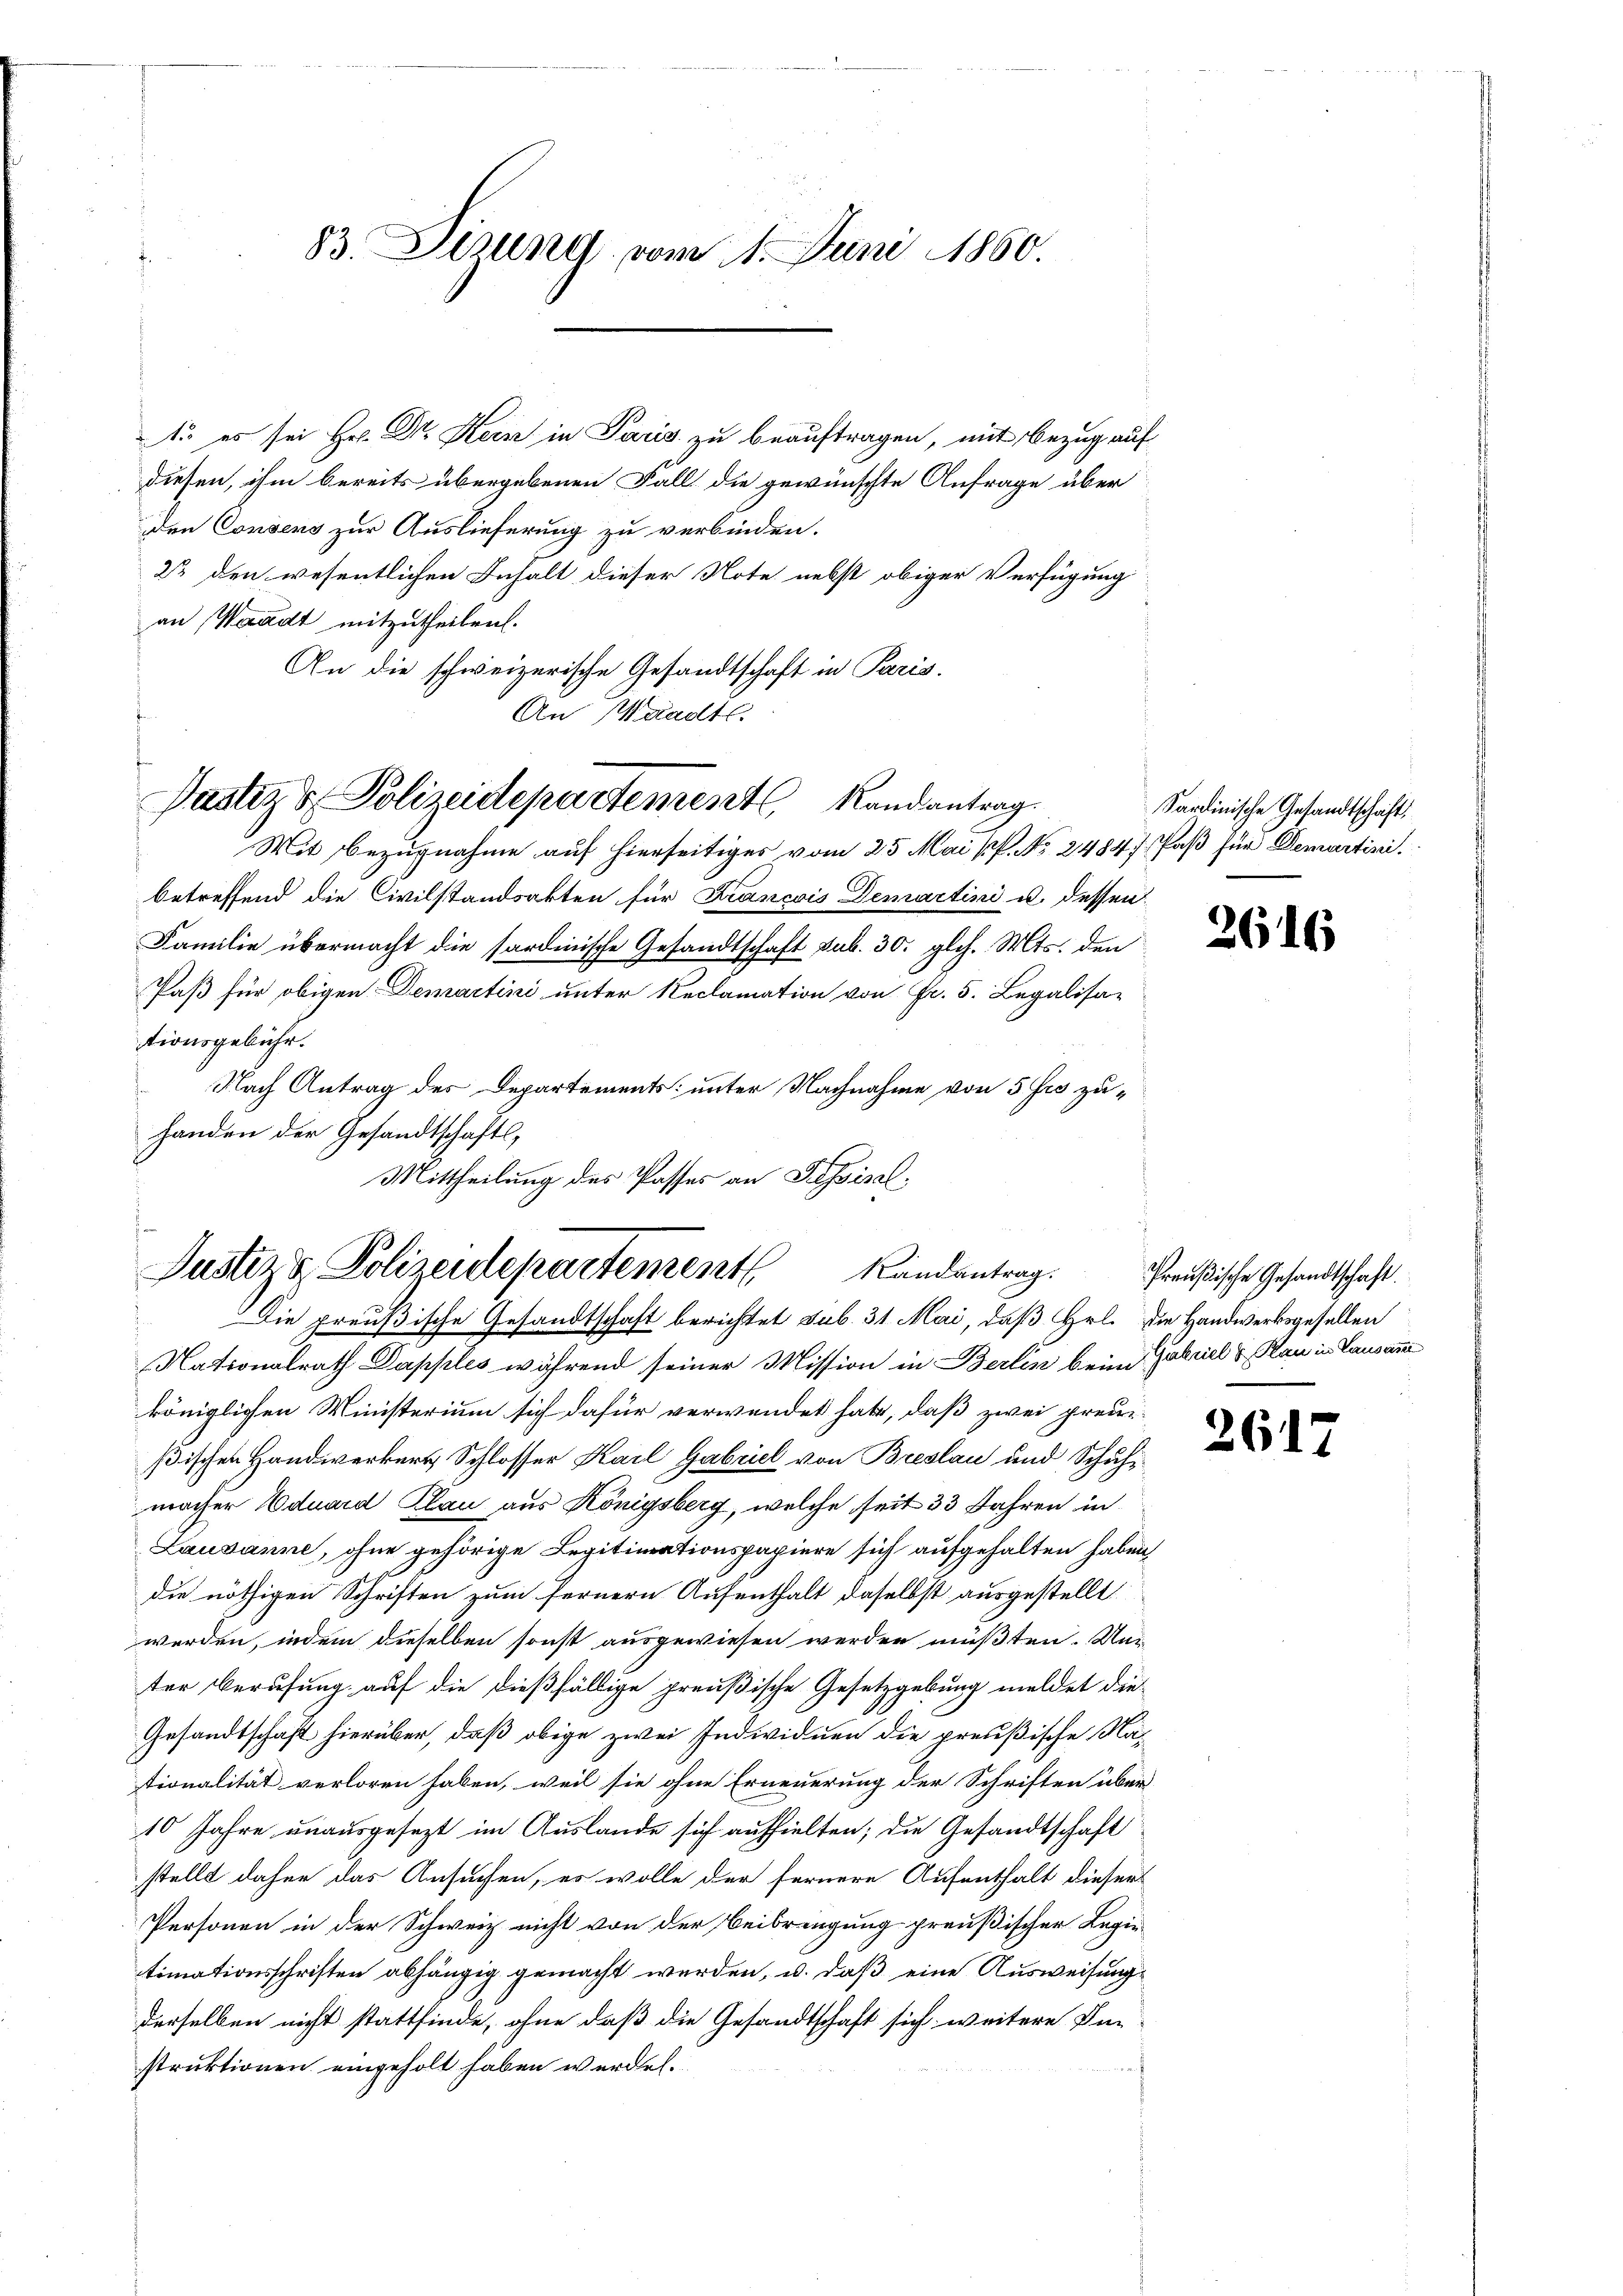
83. Desung vom 1. Juni 1860.

1. es sei Hr. Dr. Kern in Paris zu beauftragen, mit Bezug auf
diesen, ihm bereits übergebenen Fall die gewünschte Anfrage über
den Consens zur Auslieferung zu verbinden.
23 den wesentlichen Inhalt dieser Note nebst obiger Verfügung
an Waadt mitzutheilen.
An die schweizerische Gesandtschaft in Paris.
An Waadt.
Pastiz & Polizeidepartementl. Randantrag
Mit Bezugnahme auf hierseitiges vom 25. Mai pp. No 2484) Paß für Demartini.
betreffend die Civilstandsakten für Francois Demartini u. dessen
Familie übermacht die sardinische Gesandtschaft sub. 30. glch. Mts. den
Paß für obigen Demartini unter Reclamation von Fr. 5. Legalisa-
tionsgebühr.
Nach Antrag des Departements: unter Nachnahme von 5 frs zuhanden der Gesandtschafts¬
Mittheilung des Passes an Passisel¬

Justiz & Polizeidepartement Randantrag.
Die preußische Gesandtschaft berichtet sub. 31. Mai, daß Hrl. Die Handwerksgesellen

Sardinische Gesandtschaft

Nationalrath Dapples während seiner Mission in Berlin beim Gabel & Rau in Lausann
königlichen Ministerium sich dafür verwendet habe, daß zwei preui-
ßischen Handwerkers Schlosser Karl Gabriel von Breslau und Schuhmacher Eduard Klau aus Königsberg, welche seit 33 Jahren in
Lausanne, ohne gehörige Legitimationspapiere sich aufgehalten haben,
die nöthigen Schriften zum fernern Aufenthalt daselbst ausgestellt
werden, indem dieselben sonst ausgewiesen werden müßten. Un
ter Berufung auf die dießfällige preußische Gesetzgebung meldet die
Gesandtschaft hierüber, daß obige zwei Individuen die preußische Nastionalität verloren haben, weil sie ohne Erneuerung der Schriften über
10 Jahre unausgesezt im Auslande sich aufhielten; die Gesandtschaft
stellt daher das Ansuchen, es wolle der fernere Aufenthalt dieser
Personen in der Schweiz nicht von der Beibringung preußischer Regie
timationsschriften abhängig gemacht werden, u. daß eine Ausweisung
derselben nicht stattfinde, ohne daß die Gesandtschaft sich weitere In-
struktionen eingeholt haben werden.

2616

Preußische Gesandtschaft.

26